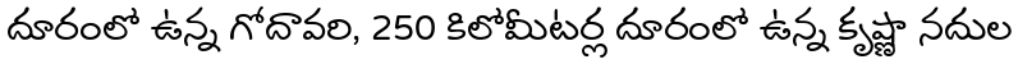
దూరంలో ఉన్న గోదావరి, 250 కిలోమీటర్ల దూరంలో ఉన్న కృష్ణా నదుల